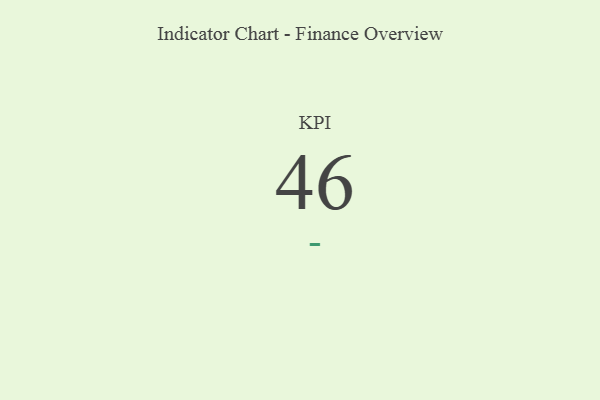
{"axis": {"x": "KPI", "y": "Value"}, "legend": [""], "data": [{"x": "KPI", "y": 46, "type": ""}]}